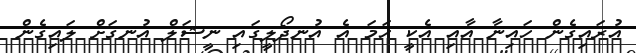
އުރައިގެން ހައިނާ އާއި އެކީ ހަމަ އެ އުނދޯލީގައި ނީޝަލް އުނގަށް ލައިގެން